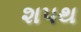
શપથ